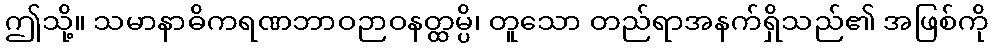
ဤသို့။ သမာနာဓိကရဏဘာဝဉာဝနတ္ထမ္ပိ၊ တူသော တည်ရာအနက်ရှိသည်၏ အဖြစ်ကို